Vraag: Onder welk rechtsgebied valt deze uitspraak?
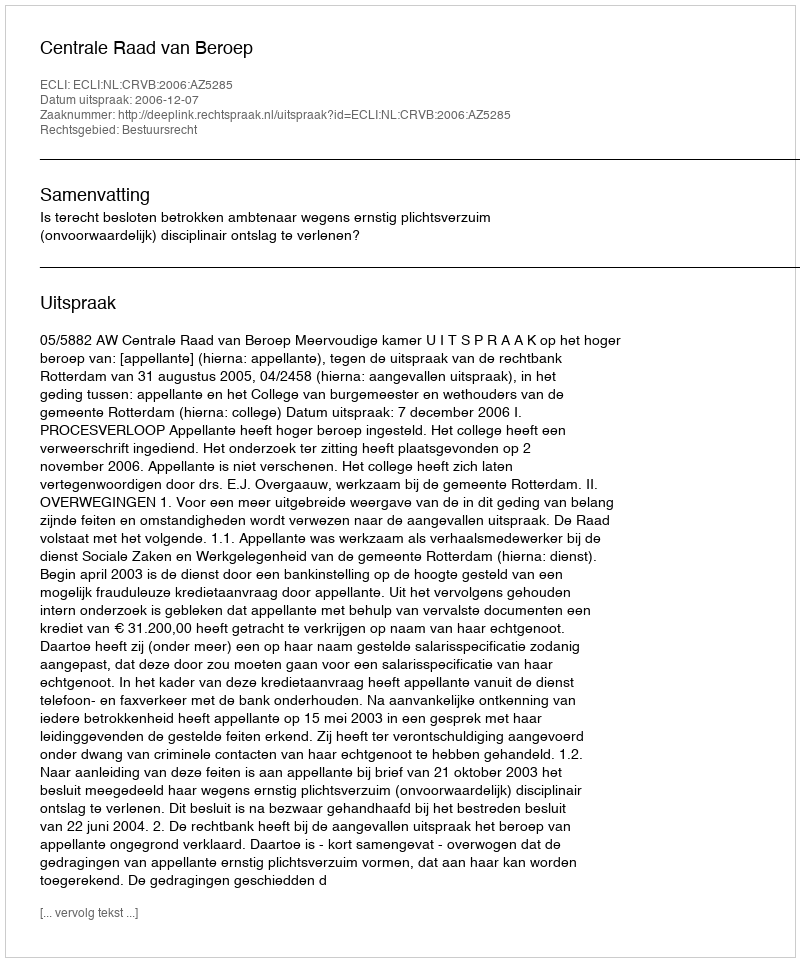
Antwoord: Bestuursrecht